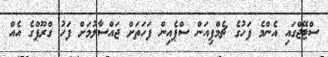
ސްޓޭޖްގައި އެންމެ ފަހުގެ ޗެމްޕިއަން ސްޕެއިން ފަހަތަށް ޖައްސާލުމަށް ފަހު ގްރޫޕްގެ އެއް